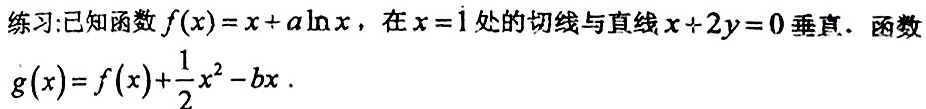
练习:已知函数$f(x)=x+a\ln x$，在$x = 1$处的切线与直线$x + 2y = 0$垂直. 函数$g(x)=f(x)+\frac{1}{2}x^{2}-bx$.